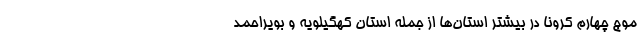
موج چهارم کرونا در بیشتر استان‌ها از جمله استان کهگیلویه و بویر‌احمد